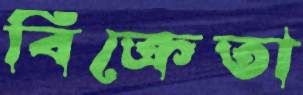
বিক্রেতা